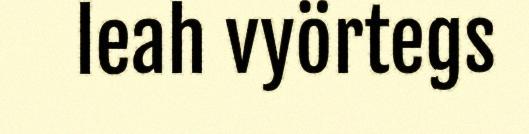
leah vyörtegs